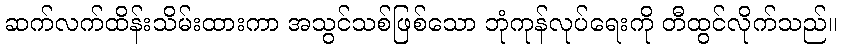
ဆက်လက်ထိန်းသိမ်းထားကာ အသွင်သစ်ဖြစ်သော ဘုံကုန်လုပ်ရေးကို တီထွင်လိုက်သည်။